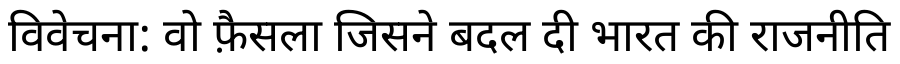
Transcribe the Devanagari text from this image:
विवेचना: वो फ़ैसला जिसने बदल दी भारत की राजनीति